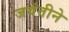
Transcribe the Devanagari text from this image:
जयंतीने